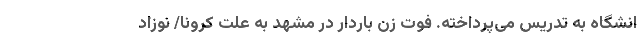
انشگاه به تدریس می‌پرداخته. فوت زن باردار در مشهد به علت کرونا/ نوزاد